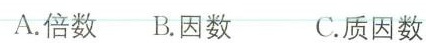
A.倍数 B.因数 C.质因数